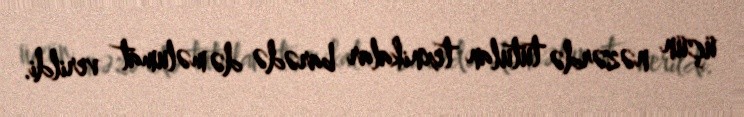
üçün nəzərdə tutulan texnikalar barədə də məlumat verildi.